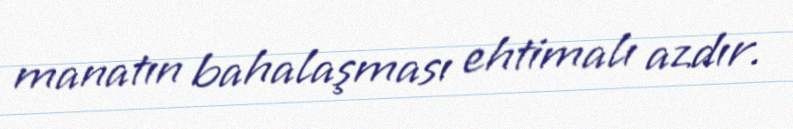
manatın bahalaşması ehtimalı azdır.